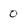
Character: 0